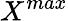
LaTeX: X^{max}